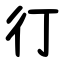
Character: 㣔